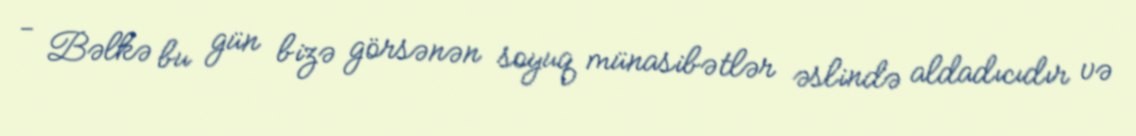
- Bəlkə bu gün bizə görsənən soyuq münasibətlər əslində aldadıcıdır və